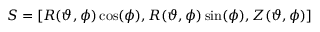
S = [ R ( \vartheta , \phi ) \cos ( \phi ) , R ( \vartheta , \phi ) \sin ( \phi ) , Z ( \vartheta , \phi ) ]